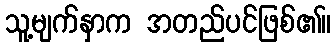
သူ့မျက်နှာက အတည်ပင်ဖြစ်၏။